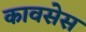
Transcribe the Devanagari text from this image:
कावसेस